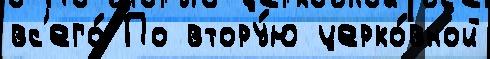
вс'его́ По втору́ю церко́вной